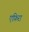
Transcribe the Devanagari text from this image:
एफ़िरा